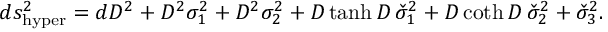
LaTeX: d s _ { \mathrm { h y p e r } } ^ { 2 } = d D ^ { 2 } + D ^ { 2 } \sigma _ { 1 } ^ { 2 } + D ^ { 2 } \sigma _ { 2 } ^ { 2 } + D \operatorname { t a n h } D \, \check { \sigma } _ { 1 } ^ { 2 } + D \coth D \, \check { \sigma } _ { 2 } ^ { 2 } + \check { \sigma } _ { 3 } ^ { 2 } .